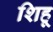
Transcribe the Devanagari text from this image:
शिहू